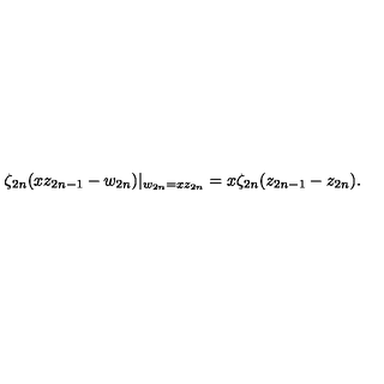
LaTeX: \zeta _ { 2 n } ( x z _ { 2 n - 1 } - w _ { 2 n } ) | _ { w _ { 2 n } = x z _ { 2 n } } = x \zeta _ { 2 n } ( z _ { 2 n - 1 } - z _ { 2 n } ) .